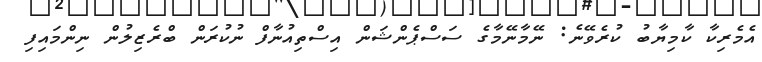
އެމެރިކާ ކާމިޔާބު ކުރެވޭނެ: ނޭމާނޭމާގެ ސަސްޕެންޝަން އިސްތިއުނާފް ނުކުރަން ބްރެޒިލުން ނިންމައިފި